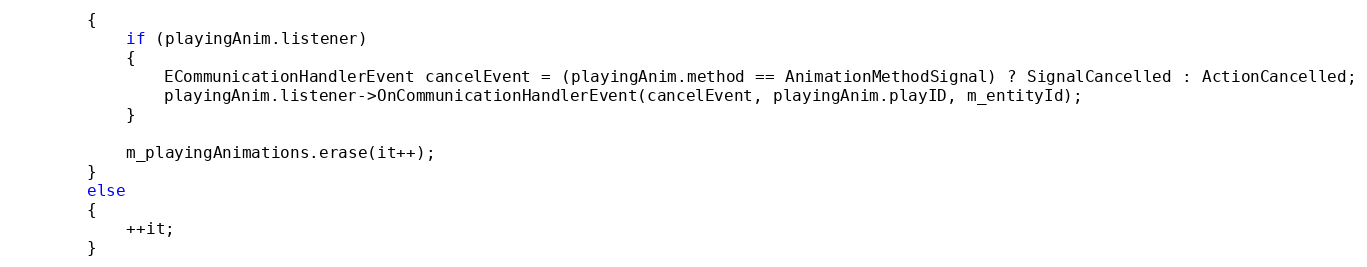
Language: C++
		{
			if (playingAnim.listener)
			{
				ECommunicationHandlerEvent cancelEvent = (playingAnim.method == AnimationMethodSignal) ? SignalCancelled : ActionCancelled;
				playingAnim.listener->OnCommunicationHandlerEvent(cancelEvent, playingAnim.playID, m_entityId);
			}

			m_playingAnimations.erase(it++);
		}
		else
		{
			++it;
		}